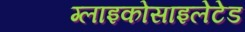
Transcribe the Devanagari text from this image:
ग्लाइकोसाइलेटेड